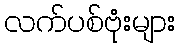
လက်ပစ်ဗုံးများ